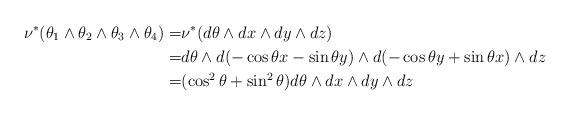
LaTeX: \begin{align*}\nu^\ast(\theta_1 \wedge \theta_2\wedge \theta_3\wedge \theta_4)=&\nu^\ast(d\theta \wedge dx\wedge dy \wedge dz) \\=&d\theta \wedge d (-\cos\theta x - \sin \theta y) \wedge d (- \cos \theta y + \sin \theta x) \wedge dz\\=&(\cos^2\theta+\sin^2\theta)d\theta \wedge dx \wedge dy \wedge dz \end{align*}